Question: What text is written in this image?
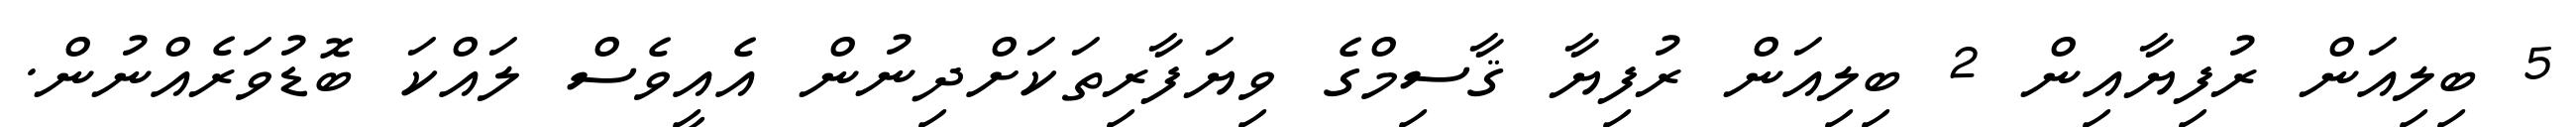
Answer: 5 ބިލިއަން ރުފިޔާއިން 2 ބިލިއަން ރުފިޔާ ޤާސިމްގެ ވިޔަފާރިތަކަށްދިނުން އެއީވެސް ލައްކަ ބޮޑުވަރެއްނުން.